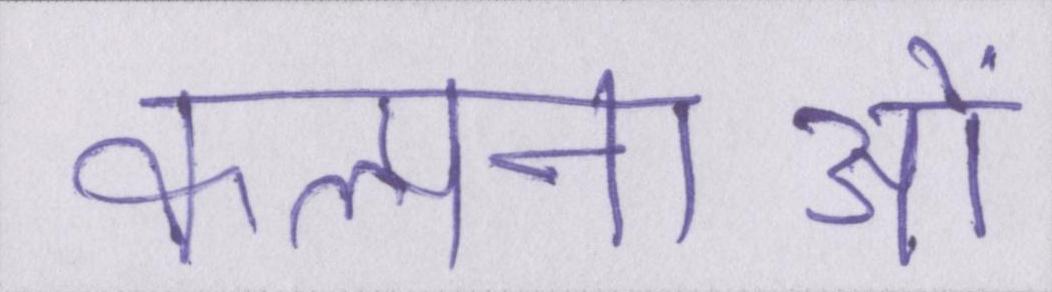
कल्पनाओं